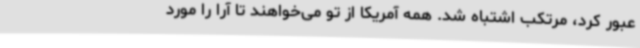
عبور کرد، مرتکب اشتباه شد. همه آمریکا از تو می‌خواهند تا آرا را مورد